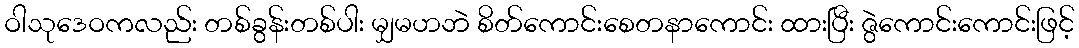
ဝါသုဒေဝကလည်း တစ်ခွန်းတစ်ပါး မျှမဟဘဲ စိတ်ကောင်းစေတနာကောင်း ထားပြီး ဇွဲကောင်းကောင်းဖြင့်